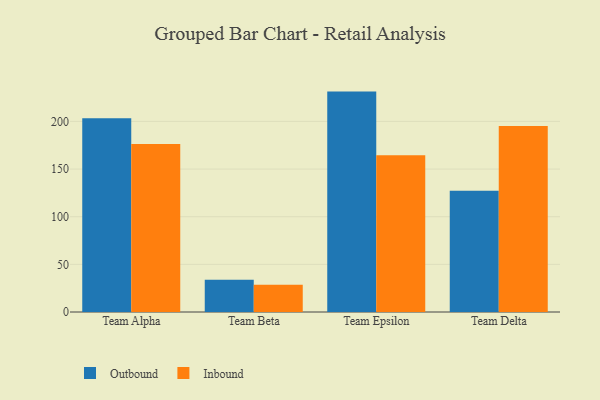
{"axis": {"x": "Team", "y": "Latency (ms)"}, "legend": ["Inbound", "Outbound"], "data": [{"x": "Team Alpha", "y": 203.3, "type": "Outbound"}, {"x": "Team Alpha", "y": 176.2, "type": "Inbound"}, {"x": "Team Beta", "y": 33.8, "type": "Outbound"}, {"x": "Team Beta", "y": 28.5, "type": "Inbound"}, {"x": "Team Epsilon", "y": 231.3, "type": "Outbound"}, {"x": "Team Epsilon", "y": 164.5, "type": "Inbound"}, {"x": "Team Delta", "y": 127.2, "type": "Outbound"}, {"x": "Team Delta", "y": 195.2, "type": "Inbound"}]}